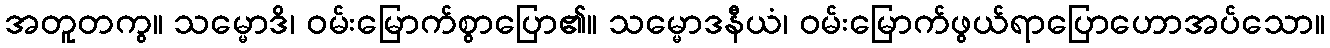
အတူတကွ။ သမ္မောဒိ၊ ဝမ်းမြောက်စွာပြော၏။ သမ္မောဒနီယံ၊ ဝမ်းမြောက်ဖွယ်ရာပြောဟောအပ်သော။